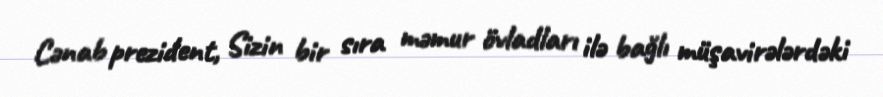
Cənab prezident, Sizin bir sıra məmur övladları ilə bağlı müşavirələrdəki